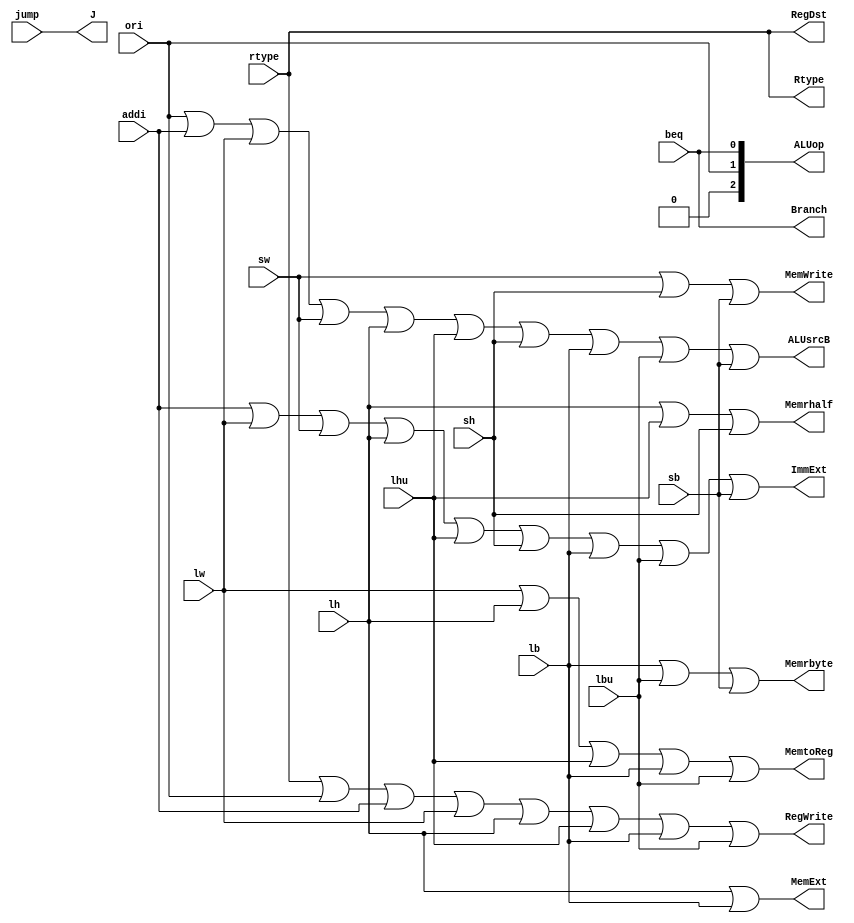
module SC(rtype, ori, addi, lw, sw, lh, lhu, sh, lb, lbu, sb, beq, jump, RegWrite, RegDst, ALUsrcB, ImmExt, MemWrite, Branch, J, MemtoReg, Memrhalf, Memrbyte, MemExt, Rtype, ALUop); //signals create 
    input wire rtype, ori, addi, lw, sw, lh, lhu, sh, lb, lbu, sb, beq, jump;

    output reg  RegWrite, RegDst, ALUsrcB, ImmExt, MemWrite, Branch, J, MemtoReg, Memrhalf, Memrbyte, MemExt, Rtype;

    output reg [2:0] ALUop;

    always @(rtype, ori, addi, lw, sw, lh, lhu, sh, lb, lbu, sb, beq, jump)
    begin
        RegWrite = rtype||ori||addi||lw||lh||lhu||lb||lbu;
        RegDst = rtype;
        ALUsrcB = ori||addi||lw||sw||lh||lhu||sh||lb||lbu||sb;
        ImmExt = addi||lw||sw||lh||lhu||sh||lb||lbu||sb;
        MemWrite = sw||sh||sb;
        Branch = beq;
        J = jump;
        MemtoReg = lw||lh||lhu||lb||lbu;
        Memrhalf = lh||lhu||sh;
        Memrbyte = lb||lbu||sb;
        MemExt = lh||lb;
        Rtype = rtype;
        ALUop = {1'b0,ori,beq};
    end
endmodule